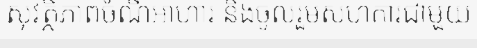
សុវត្ថិភាពចំណីអាហារ និងចូលរួមសហការជាមួយ